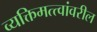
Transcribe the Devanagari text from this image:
व्यक्तिमत्त्वांवरील